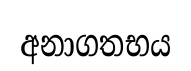
අනාගතභය